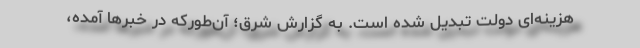
هزینه‌ای دولت تبدیل شده است. به گزارش شرق؛ آن‌طور‌كه در خبرها آمده،